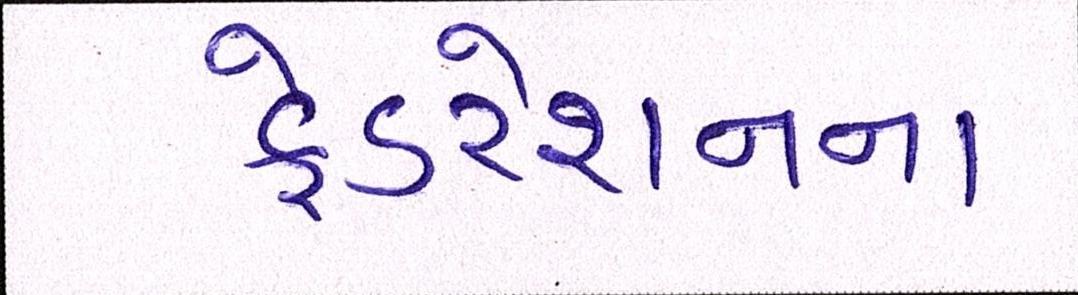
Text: ફેડરેશનના